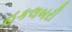
હકલબરી